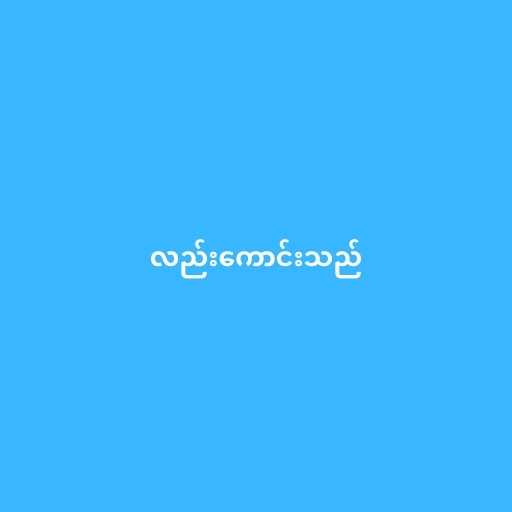
လည်းကောင်းသည်